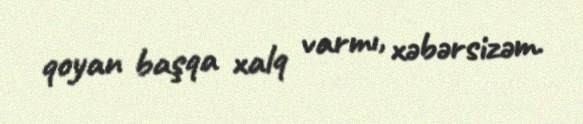
qoyan başqa xalq varmı, xəbərsizəm.